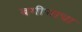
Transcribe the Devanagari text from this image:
बगीचाचा